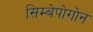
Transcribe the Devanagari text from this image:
सिम्बेपोगोन